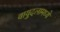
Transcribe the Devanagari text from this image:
वायुदलामध्ये